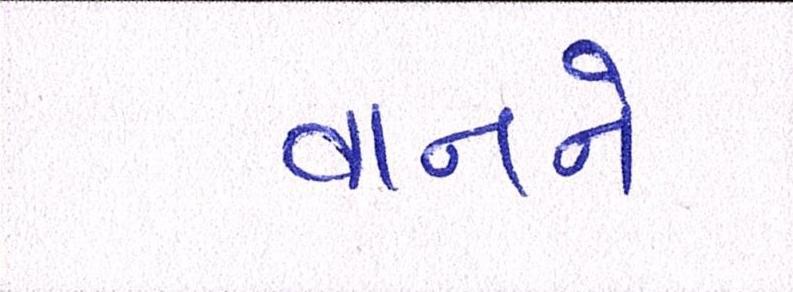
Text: વાનને